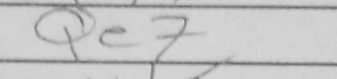
Transcription: Qe7